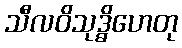
သီလဝိသုဒ္ဓိဟေတု